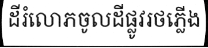
ដីរំលោភចូលដីផ្លូវរថភ្លើង